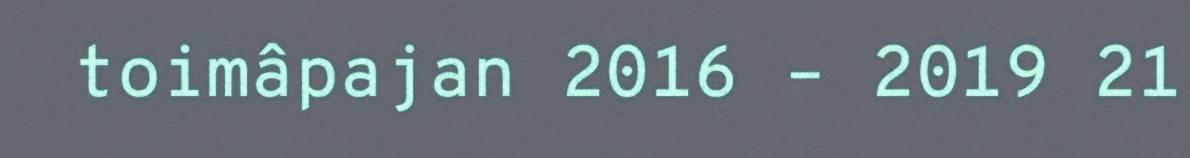
toimâpajan 2016 – 2019 21